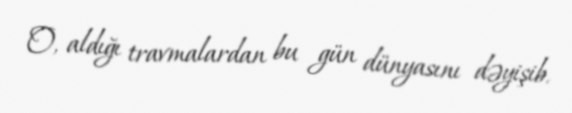
O, aldığı travmalardan bu gün dünyasını dəyişib.